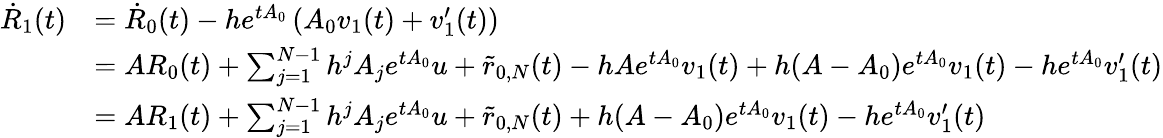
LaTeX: \begin{array}{rl}{\dot{R}_{1}(t)}&{=\dot{R}_{0}(t)-he^{tA_{0}}\left(A_{0}v_{1}(t)+v_{1}^{\prime}(t)\right)}\\ &{=AR_{0}(t)+\sum_{j=1}^{N-1}h^{j}A_{j}e^{tA_{0}}u+\tilde{r}_{0,N}(t)-hAe^{tA_{0}}v_{1}(t)+h(A-A_{0})e^{tA_{0}}v_{1}(t)-he^{tA_{0}}v_{1}^{\prime}(t)}\\ &{=AR_{1}(t)+\sum_{j=1}^{N-1}h^{j}A_{j}e^{tA_{0}}u+\tilde{r}_{0,N}(t)+h(A-A_{0})e^{tA_{0}}v_{1}(t)-he^{tA_{0}}v_{1}^{\prime}(t)}\end{array}